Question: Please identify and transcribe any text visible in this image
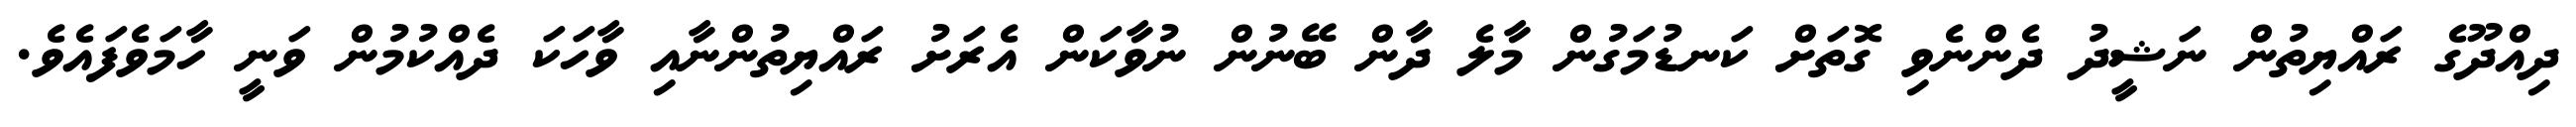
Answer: ދިއްދޫގެ ރައްޔިތުން ނަޝީދު ދެންނެވި ގޮތަށް ކަނޑުމަގުން މާލެ ދާން ބޭނުން ނުވާކަން އެރަށު ރައްޔިތުންނާއި ވާހަކަ ދެއްކުމުން ވަނީ ހާމަވެފައެވެ.